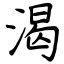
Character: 渴